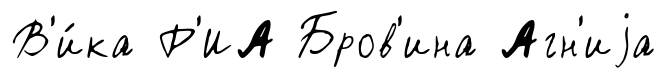
В'и́ка Р'ИА Бров'ина Агн'иjа